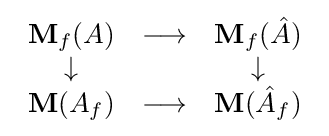
{\begin{array}{ccc}\mathbf {M} _{f}(A)&\longrightarrow &\mathbf {M} _{f}({\hat {A}})\\\downarrow &&\downarrow \\\mathbf {M} (A_{f})&\longrightarrow &\mathbf {M} ({\hat {A}}_{f})\end{array}}